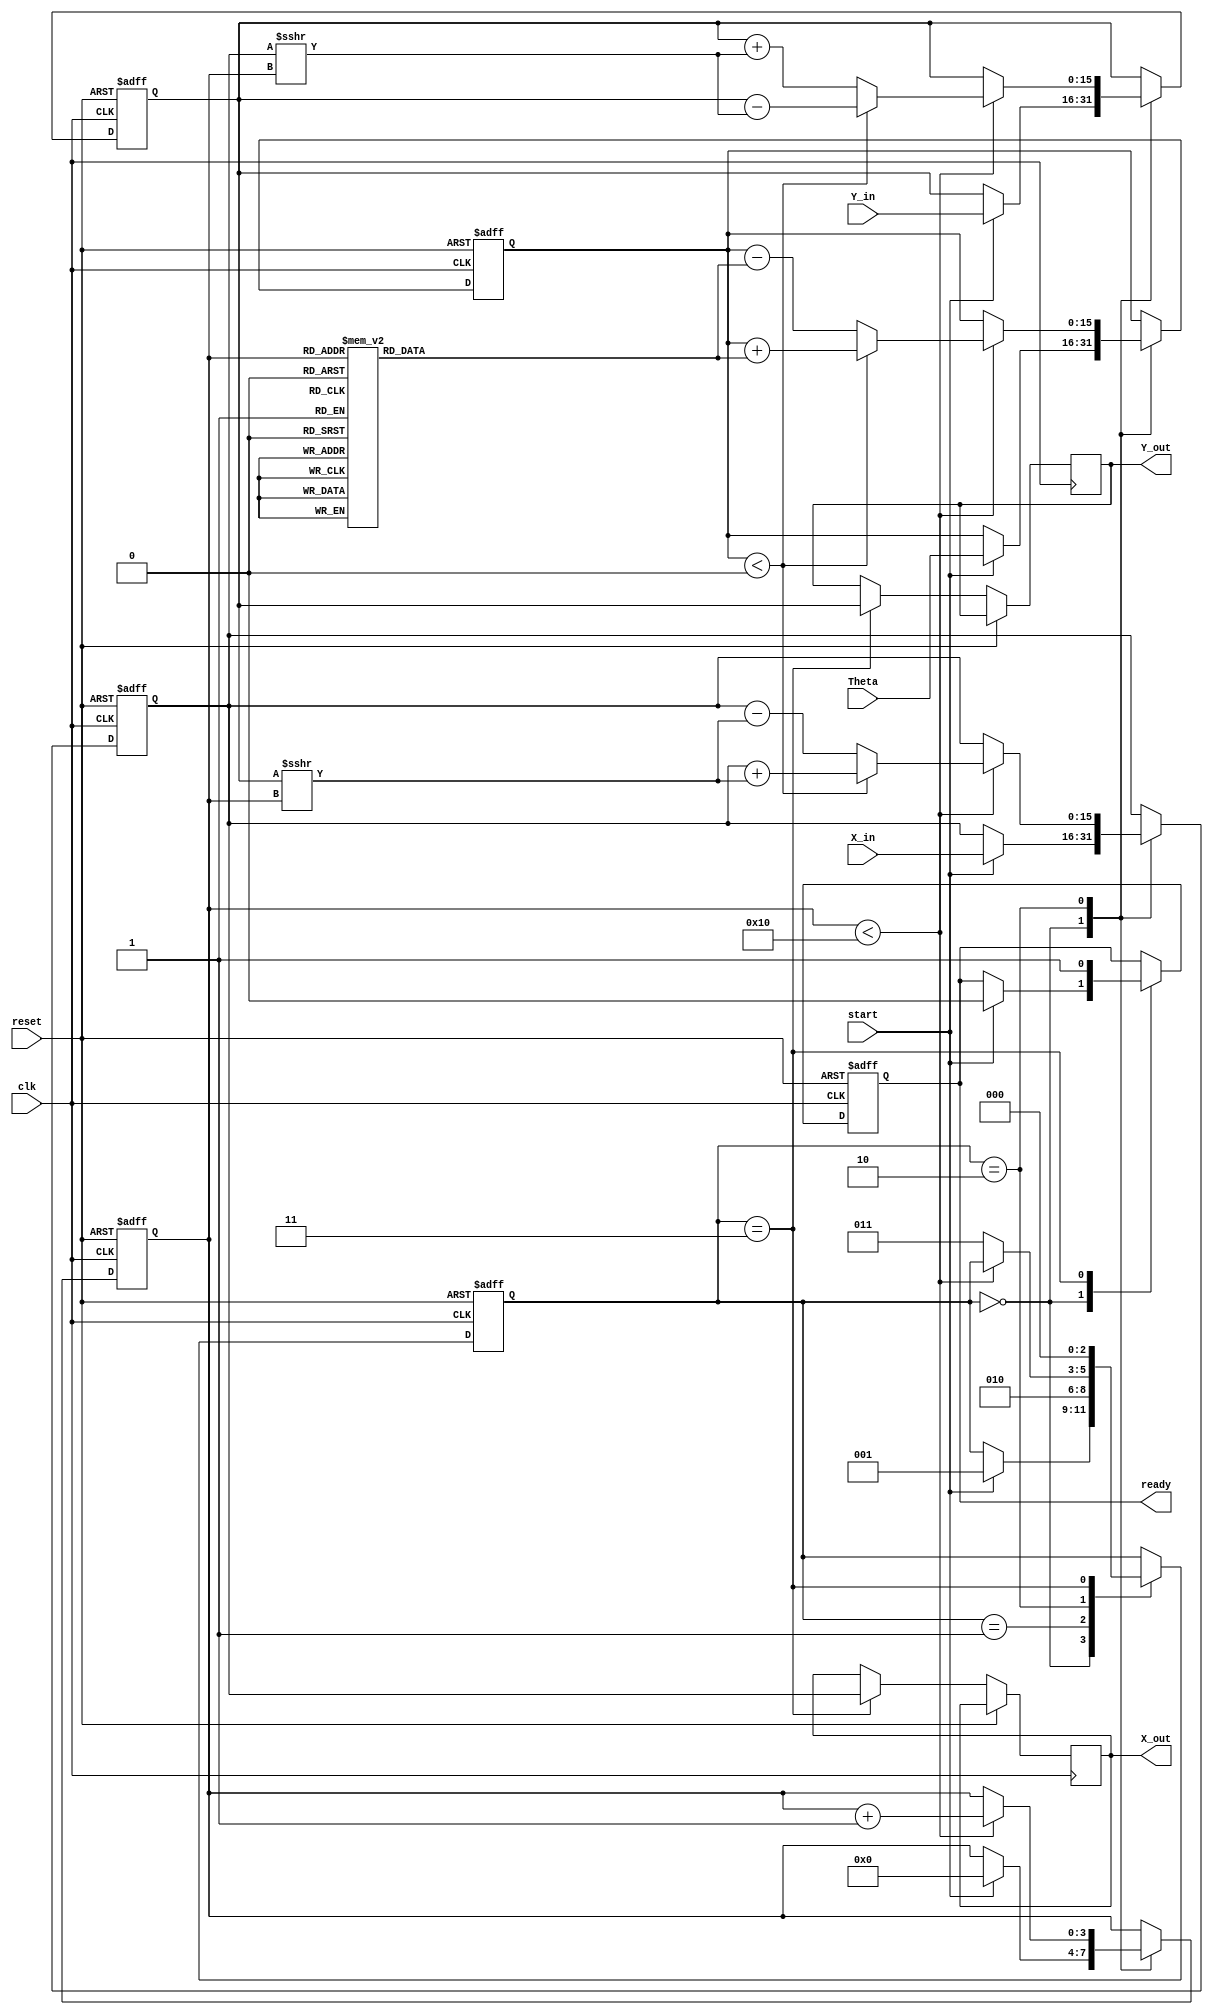
module cordic_2d (
    input wire clk,
    input wire reset,
    input wire start,
    input wire signed [15:0] X_in,  // Input x-coordinate
    input wire signed [15:0] Y_in,  // Input y-coordinate
    input wire signed [15:0] Theta,  // Rotation angle (fixed-point)
    output reg signed [15:0] X_out,  // Output x-coordinate
    output reg signed [15:0] Y_out,  // Output y-coordinate
    output reg ready                 // Ready signal
);

// CORDIC parameters
parameter NUM_ITERATIONS = 16;     // Number of iterations
reg signed [15:0] angle_table [0:NUM_ITERATIONS-1]; // Angle table

// Internal registers
reg signed [15:0] X_reg, Y_reg;     // Current x and y
reg signed [15:0] Theta_reg;         // Current angle
reg [3:0] iteration_count;           // Iteration counter
reg [2:0] state;                     // FSM state

// State declarations
parameter IDLE = 3'b000;
parameter INIT = 3'b001;
parameter ITERATE = 3'b010;
parameter DONE = 3'b011;

// Initialize angle table (arctan values in fixed-point)
initial begin
    angle_table[0] = 16'h2000; // atan(2^-0) = 0.7854 (in fixed-point)
    angle_table[1] = 16'h1333; // atan(2^-1) = 0.4636 (in fixed-point)
    angle_table[2] = 16'h0A3D; // atan(2^-2) = 0.2449 (in fixed-point)
    angle_table[3] = 16'h0524; // atan(2^-3) = 0.1244 (in fixed-point)
    // Continue to fill out the table as needed...
end

// Control logic
always @(posedge clk or posedge reset) begin
    if (reset) begin
        // Reset all registers
        X_reg <= 16'd0;
        Y_reg <= 16'd0;
        Theta_reg <= 16'd0;
        iteration_count <= 0;
        state <= IDLE;
        ready <= 1'b0;
    end else begin
        case (state)
            IDLE: begin
                if (start) begin
                    X_reg <= X_in;
                    Y_reg <= Y_in;
                    Theta_reg <= Theta;
                    iteration_count <= 0;
                    state <= INIT;
                    ready <= 1'b0;
                end
            end

            INIT: begin
                // Begin iterations
                state <= ITERATE;
            end

            ITERATE: begin
                if (iteration_count < NUM_ITERATIONS) begin
                    // Perform CORDIC rotation
                    if (Theta_reg < 0) begin
                        // Clockwise rotation
                        X_reg <= X_reg + (Y_reg >>> iteration_count);
                        Y_reg <= Y_reg - (X_reg >>> iteration_count);
                        Theta_reg <= Theta_reg + angle_table[iteration_count];
                    end else begin
                        // Counterclockwise rotation
                        X_reg <= X_reg - (Y_reg >>> iteration_count);
                        Y_reg <= Y_reg + (X_reg >>> iteration_count);
                        Theta_reg <= Theta_reg - angle_table[iteration_count];
                    end
                    iteration_count <= iteration_count + 1;
                end else begin
                    // Completed iterations
                    state <= DONE;
                end
            end

            DONE: begin
                // Output results
                X_out <= X_reg;
                Y_out <= Y_reg;
                ready <= 1'b1;
                state <= IDLE; // Go back to idle state
            end
        endcase
    end
end

endmodule